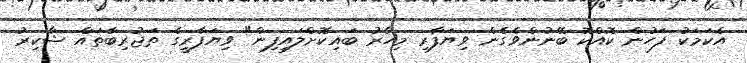
އެކަމަކު ފަހުން ކޮއްކޮ ބޭނުންވެގެން ވިޔަފާރި މިހާރު ބައިކޮށްލައިފިން" ވިޔަފާރީގެ ތަޖުރިބާތައް ޝާކިރު